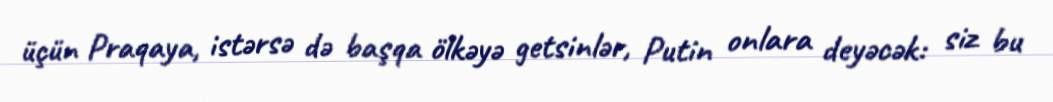
üçün Praqaya, istərsə də başqa ölkəyə getsinlər, Putin onlara deyəcək: siz bu